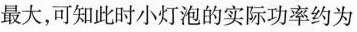
s最大，可知此时小灯泡的实际功率约为